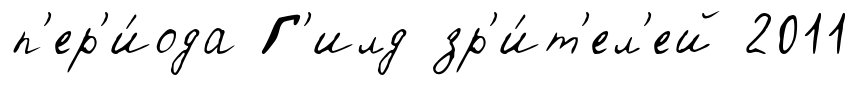
п'ер'и́ода Г'илд зр'и́т'ел'ей 2011